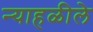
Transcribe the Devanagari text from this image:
न्याहळीले